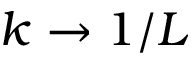
k \rightarrow 1 / L